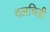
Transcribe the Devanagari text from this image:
दलचिडी